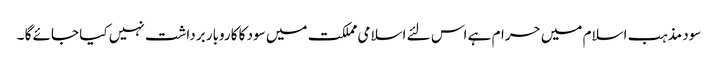
سود مذہب اسلام میں حرام ہے اس لئے اسلامی مملکت میں سود کا کاروبار برداشت نہیں کیا جائے گا ۔